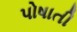
પોષાતી